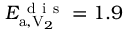
E _ { \mathrm { a } , \mathrm { V } _ { 2 } } ^ { \mathrm { ~ d ~ i ~ s ~ } } = 1 . 9